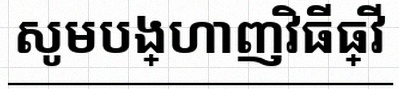
សូមបង្ហាញវិធីធ្វើ